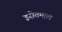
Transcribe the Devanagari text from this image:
इसेतमाल